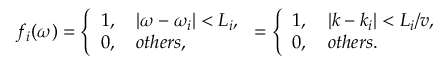
f _ { i } ( \omega ) = \left\{ \begin{array} { l l } { 1 , \quad | \omega - \omega _ { i } | < L _ { i } , } \\ { 0 , \quad o t h e r s , } \end{array} \right. = \left\{ \begin{array} { l l } { 1 , \quad | k - k _ { i } | < L _ { i } / v , } \\ { 0 , \quad o t h e r s . } \end{array} \right.